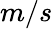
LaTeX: m/s